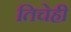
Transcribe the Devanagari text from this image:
तिचेही